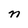
Character: n